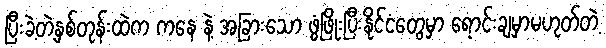
ပြီးခဲ့တဲ့နှစ်တုန်းထဲက ကနေ နဲ့ အခြားသော ဖွံဖြိုးပြီးနိုင်ငံတွေမှာ ရောင်းချမှာမဟုတ်တဲ့